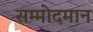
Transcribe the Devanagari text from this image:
सम्मोदमान